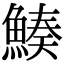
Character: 𩹀